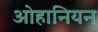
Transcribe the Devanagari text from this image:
ओहानियन